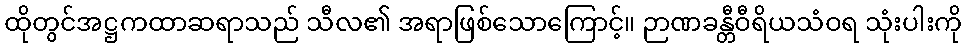
ထိုတွင်အဋ္ဌကထာဆရာသည် သီလ၏ အရာဖြစ်သောကြောင့်။ ဉာဏခန္တီဝီရိယသံဝရ သုံးပါးကို